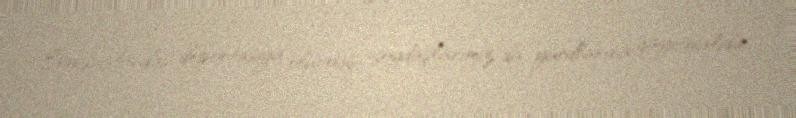
Ermənistandan deportasiya olunmuş soydaşlarımız da yurdlarına qayıtmalıdır.